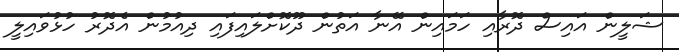
ޝަލީން އައިސް ދޮރާއި ހަމައިން އޭނާ އަތުން ދޫކޮށްލައިފައި ދިއުމުން އެދޮރު ހުޅުވައިލީ